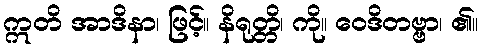
ဣတိ အာဒိနာ၊ ဖြင့်။ နိရုတ္တိ၊ ကို။ ဝေဒိတဗ္ဗာ၊ ၏။